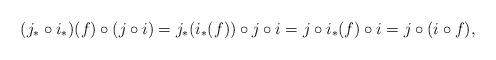
LaTeX: \begin{align*}(j_* \circ i_*)(f) \circ (j \circ i)= j_*(i_*(f)) \circ j \circ i= j \circ i_*(f) \circ i= j \circ (i \circ f),\end{align*}